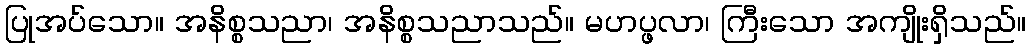
ပြုအပ်သော။ အနိစ္စသညာ၊ အနိစ္စသညာသည်။ မဟပ္ဖလာ၊ ကြီးသော အကျိုးရှိသည်။